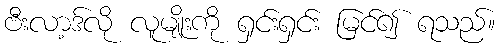
ဗီးလာ့ဒ်လို လူမျိုးကို ရှင်းရှင်း မြင်၍ ရသည်။